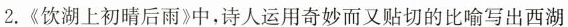
2.《饮湖上初晴后雨》中，诗人运用奇妙而又贴切的比喻写出西湖